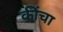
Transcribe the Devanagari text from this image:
कींचा